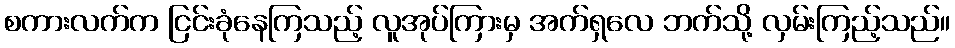
စကားလက်က ငြင်းခုံနေကြသည့် လူအုပ်ကြားမှ အက်ရှလေ ဘက်သို့ လှမ်းကြည့်သည်။